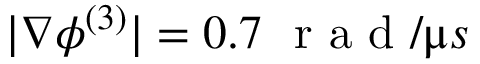
| \nabla \phi ^ { ( 3 ) } | = 0 . 7 ~ \mathrm { ~ r ~ a ~ d ~ } / \upmu s